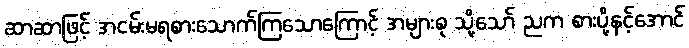
ဆာဆာဖြင့် အငမ်းမရစားသောက်ကြသောကြောင့် အများစု သို့သော် ညက စားပို့နင့်အောင်